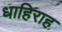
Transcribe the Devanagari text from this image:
धाहिराह